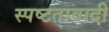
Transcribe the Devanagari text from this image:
स्पष्टतावादी